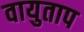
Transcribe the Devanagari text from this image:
वायुताप